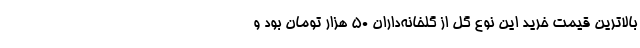
بالاترین قیمت خرید این نوع گل از گلخانه‌داران 50 هزار تومان بود و